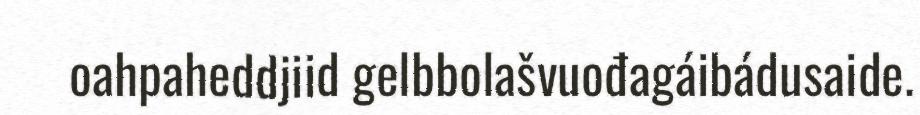
oahpaheddjiid gelbbolašvuođagáibádusaide.